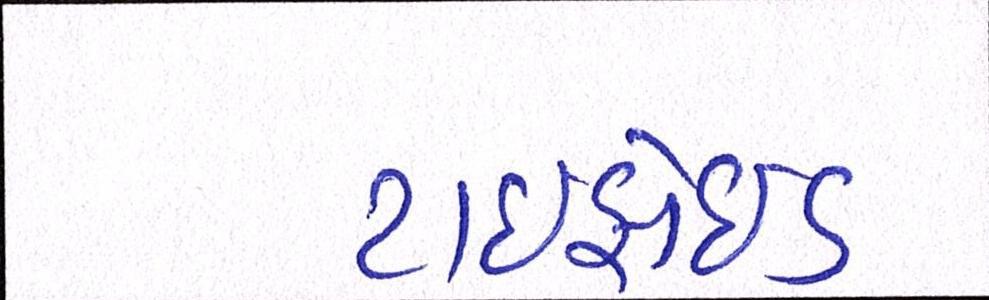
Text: ટાઇફોઇડ